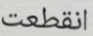
انقطعت